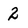
Character: 2